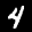
Label: 4